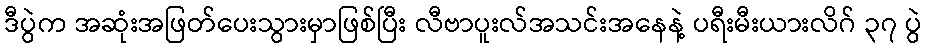
ဒီပွဲက အဆုံးအဖြတ်ပေးသွားမှာဖြစ်ပြီး လီဗာပူးလ်အသင်းအနေနဲ့ ပရီးမီးယားလိဂ် ၃၇ ပွဲ